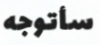
سأتوجه